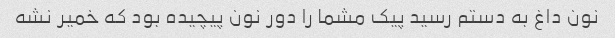
نون داغ به دستم رسید پیک مشما را دور نون پیچیده بود که خمیر نشه